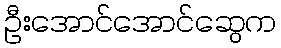
ဦးအောင်အောင်ဆွေက